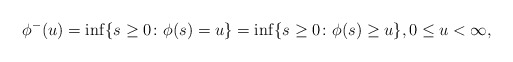
\begin{align*}\phi^-(u) = \inf \{{s}\geq 0 \colon \phi (s)= u\}=\inf \{{s}\geq 0 \colon \phi (s)\geq u\},0\leq u<\infty,\end{align*}